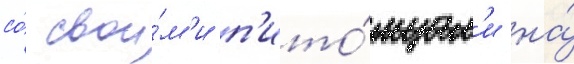
со́ свои́м'и п'ито́мцам'и на́